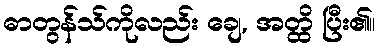
ဓာတွန်သ်ကိုလည်း ချေ, အတ္ထိ ပြီး၏။